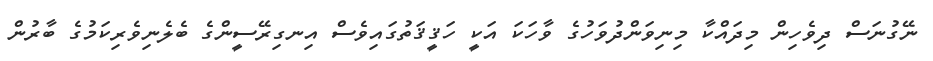
ނޭގުނަސް ދިވެހިން މިދައްކާ މިނިވަންދުވަހުގެ ވާހަކަ އަކީ ހަޤީޤަތުގައިވެސް އިނގިރޭސީންގެ ބެލެނިވެރިކަމުގެ ބާރުން